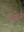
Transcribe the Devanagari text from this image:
बायर्ज